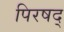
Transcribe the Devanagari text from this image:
पिरषद्